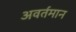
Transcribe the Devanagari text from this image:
अवर्तमान